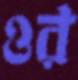
ওর